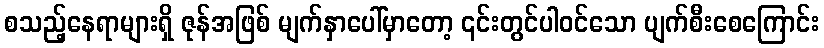
စသည့်နေရာများရှိ ဇုန်အဖြစ် မျက်နှာပေါ်မှာတော့ ၎င်းတွင်ပါဝင်သော ပျက်စီးစေကြောင်း